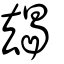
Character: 朅